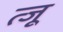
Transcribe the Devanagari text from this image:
त्जू